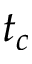
t _ { c }